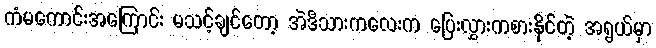
ကံမကောင်းအကြောင်း မသင့်ချင်တော့ အဲဒီသားကလေးက ပြေးလွှားကစားနိုင်တဲ့ အရွယ်မှာ